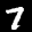
Label: 7